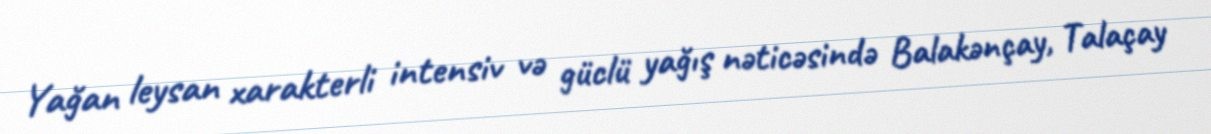
Yağan leysan xarakterli intensiv və güclü yağış nəticəsində Balakənçay, Talaçay